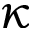
\kappa